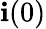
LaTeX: \mathbf{i}(0)